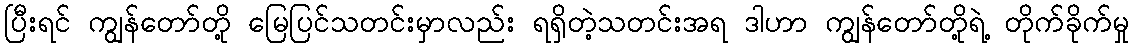
ပြီးရင် ကျွန်တော်တို့ မြေပြင်သတင်းမှာလည်း ရရှိတဲ့သတင်းအရ ဒါဟာ ကျွန်တော်တို့ရဲ့ တိုက်ခိုက်မှု